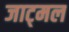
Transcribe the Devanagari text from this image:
जाट्मल